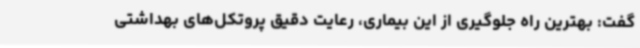
گفت: بهترین راه جلوگیری از این بیماری، رعایت دقیق پروتکل‌های بهداشتی